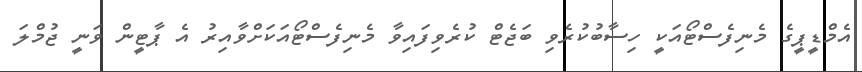
އެމްޑީޕީގެ މެނިފެސްޓޯއަކީ ހިސާބުކުރެވި ބަޖެޓް ކުރެވިފައިވާ މެނިފެސްޓޯއަކަށްވާއިރު އެ ޕާޓީން ވަނީ ޖުމްލަ